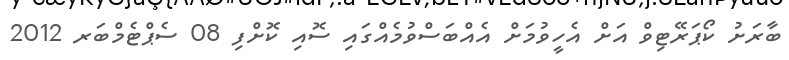
ބާރަށު ކޯޕަރޭޓިވް އަށް އެހީވުމަށް އެއްބަސްވުމެއްގައި ސޮއި ކޮށްފި 08 ސެޕްޓެމްބަރ 2012